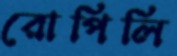
রোপিলি